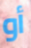
أو